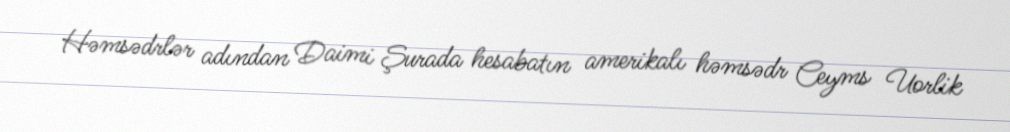
Həmsədrlər adından Daimi Şurada hesabatın amerikalı həmsədr Ceyms Uorlik